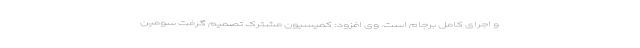
و اجرای کامل برجام است. وی افزود: کمیسیون مشترک تصمیم گرفت سومین